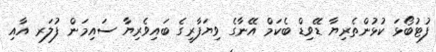
ފުޓުބޯޅަ ކުޅުންތެރިޔާ ޑޭވިޑް ބެކަމް އޭނާގެ ވިޔަފާރީގެ ބައިވެރިޔާ ސައިމަން ފުލަރ އާއި